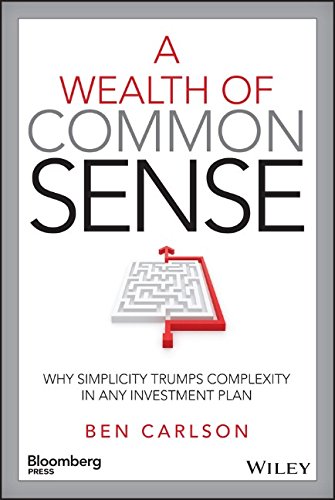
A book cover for A Wealth of Common Sense: Why Simplicity Trumps Complexity in Any Investment Plan (Bloomberg); Ben Carlson; Business & Money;